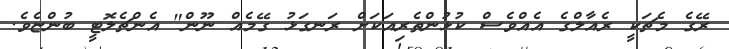
ރޭގެ މެޗަކީ ރެއާލްގެ އެއްވެސް ކުޅުންތެރިއަކަށް ރަނގަޅު ގޭމެއް ނޫން" އެންޗެލޮޓީ ބުންޏެވެ.